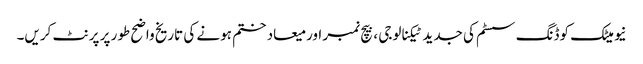
نیومیٹک کوڈنگ سسٹم کی جدید ٹیکنالوجی ، بیچ نمبر اور میعاد ختم ہونے کی تاریخ واضح طور پر پرنٹ کریں۔